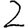
Digit: 2